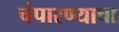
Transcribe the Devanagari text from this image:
चंपारण्याचा